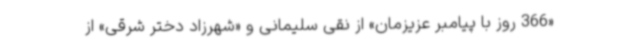
«366 روز با پیامبر عزیزمان» از نقی سلیمانی و «شهرزاد دختر شرقی» از